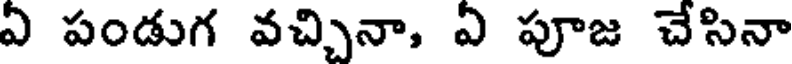
ఏ పండుగ వచ్చినా, ఏ పూజ చేసినా